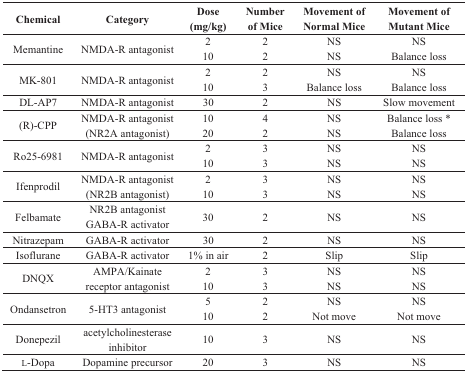
| Chemical | Category | Dose(mg/kg) | Number of Mice | Movement of Normal Mice | Movement of Mutant Mice |
 | --- | --- | --- | --- | --- | --- |
 | Memantine | NMDA-R antagonist | 210 | 22 | NSNS | NSBalance loss |
 | MK-801 | NMDA-R antagonist | 210 | 23 | NSBalance loss | NSBalance loss |
 | DL-AP7 | NMDA-R antagonist | 30 | 2 | NS | Slow movement |
 | (R)-CPP | NMDA-R antagonist(NR2A antagonist) | 1020 | 42 | NSNS | Balance loss *Balance loss |
 | Ro25-6981 | NMDA-R antagonist | 210 | 33 | NSNS | NSNS |
 | Ifenprodil | NMDA-R antagonist(NR2B antagonist) | 210 | 33 | NSNS | NSNS |
 | Felbamate | NR2B antagonistGABA-R activator | 30 | 2 | NS | NS |
 | Nitrazepam | GABA-R activator | 30 | 2 | NS | NS |
 | Isoflurane | GABA-R activator | 1% in air | 2 | Slip | Slip |
 | DNQX | AMPA/Kainatereceptor antagonist | 210 | 33 | NSNS | NSNS |
 | Ondansetron | 5-HT3 antagonist | 510 | 22 | NSNot move | NSNot move |
 | Donepezil | acetylcholinesteraseinhibitor | 10 | 3 | NS | NS |
 | l-Dopa | Dopamine precursor | 20 | 3 | NS | NS |